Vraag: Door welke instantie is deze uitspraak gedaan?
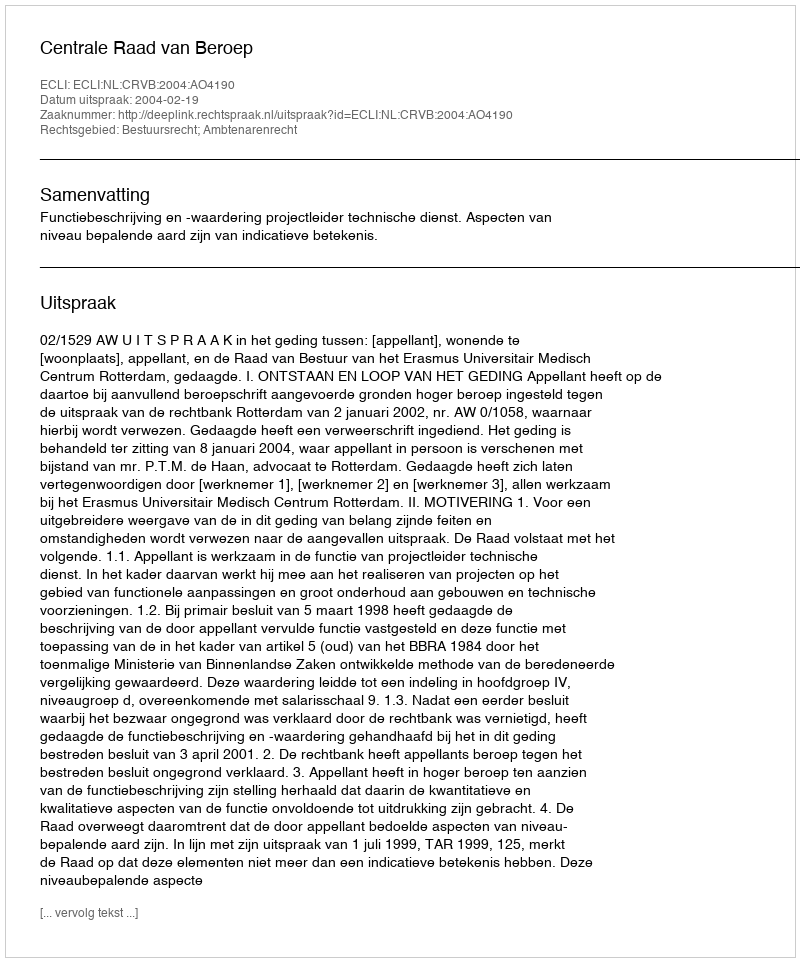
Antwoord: Centrale Raad van Beroep